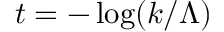
t = - \log ( k / \Lambda )